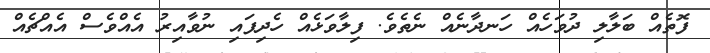
ފޮތެއް ބަލާލި ދުވަހެއް ހަނދާނެއް ނެތެވެ. ފިލާވަޅެއް ހެދިފައި ނުވާއިރު އެއްވެސް އެއްޗެއް